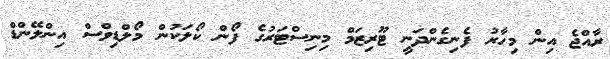
ރާއްޖެ އިން މިހާރު ފެނިގެންދަނީ ޓޫރިޒަމް މިނިސްޓަރުގެ ފޯން ކޯލަކުން މޯލްޑިވްސް އިންލޭންޑް